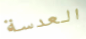
العدسة